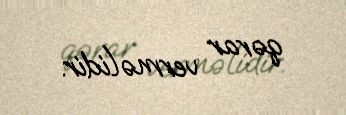
qərar verməlidir.